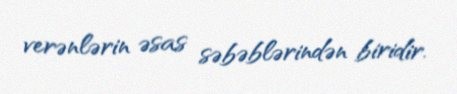
verənlərin əsas səbəblərindən biridir.